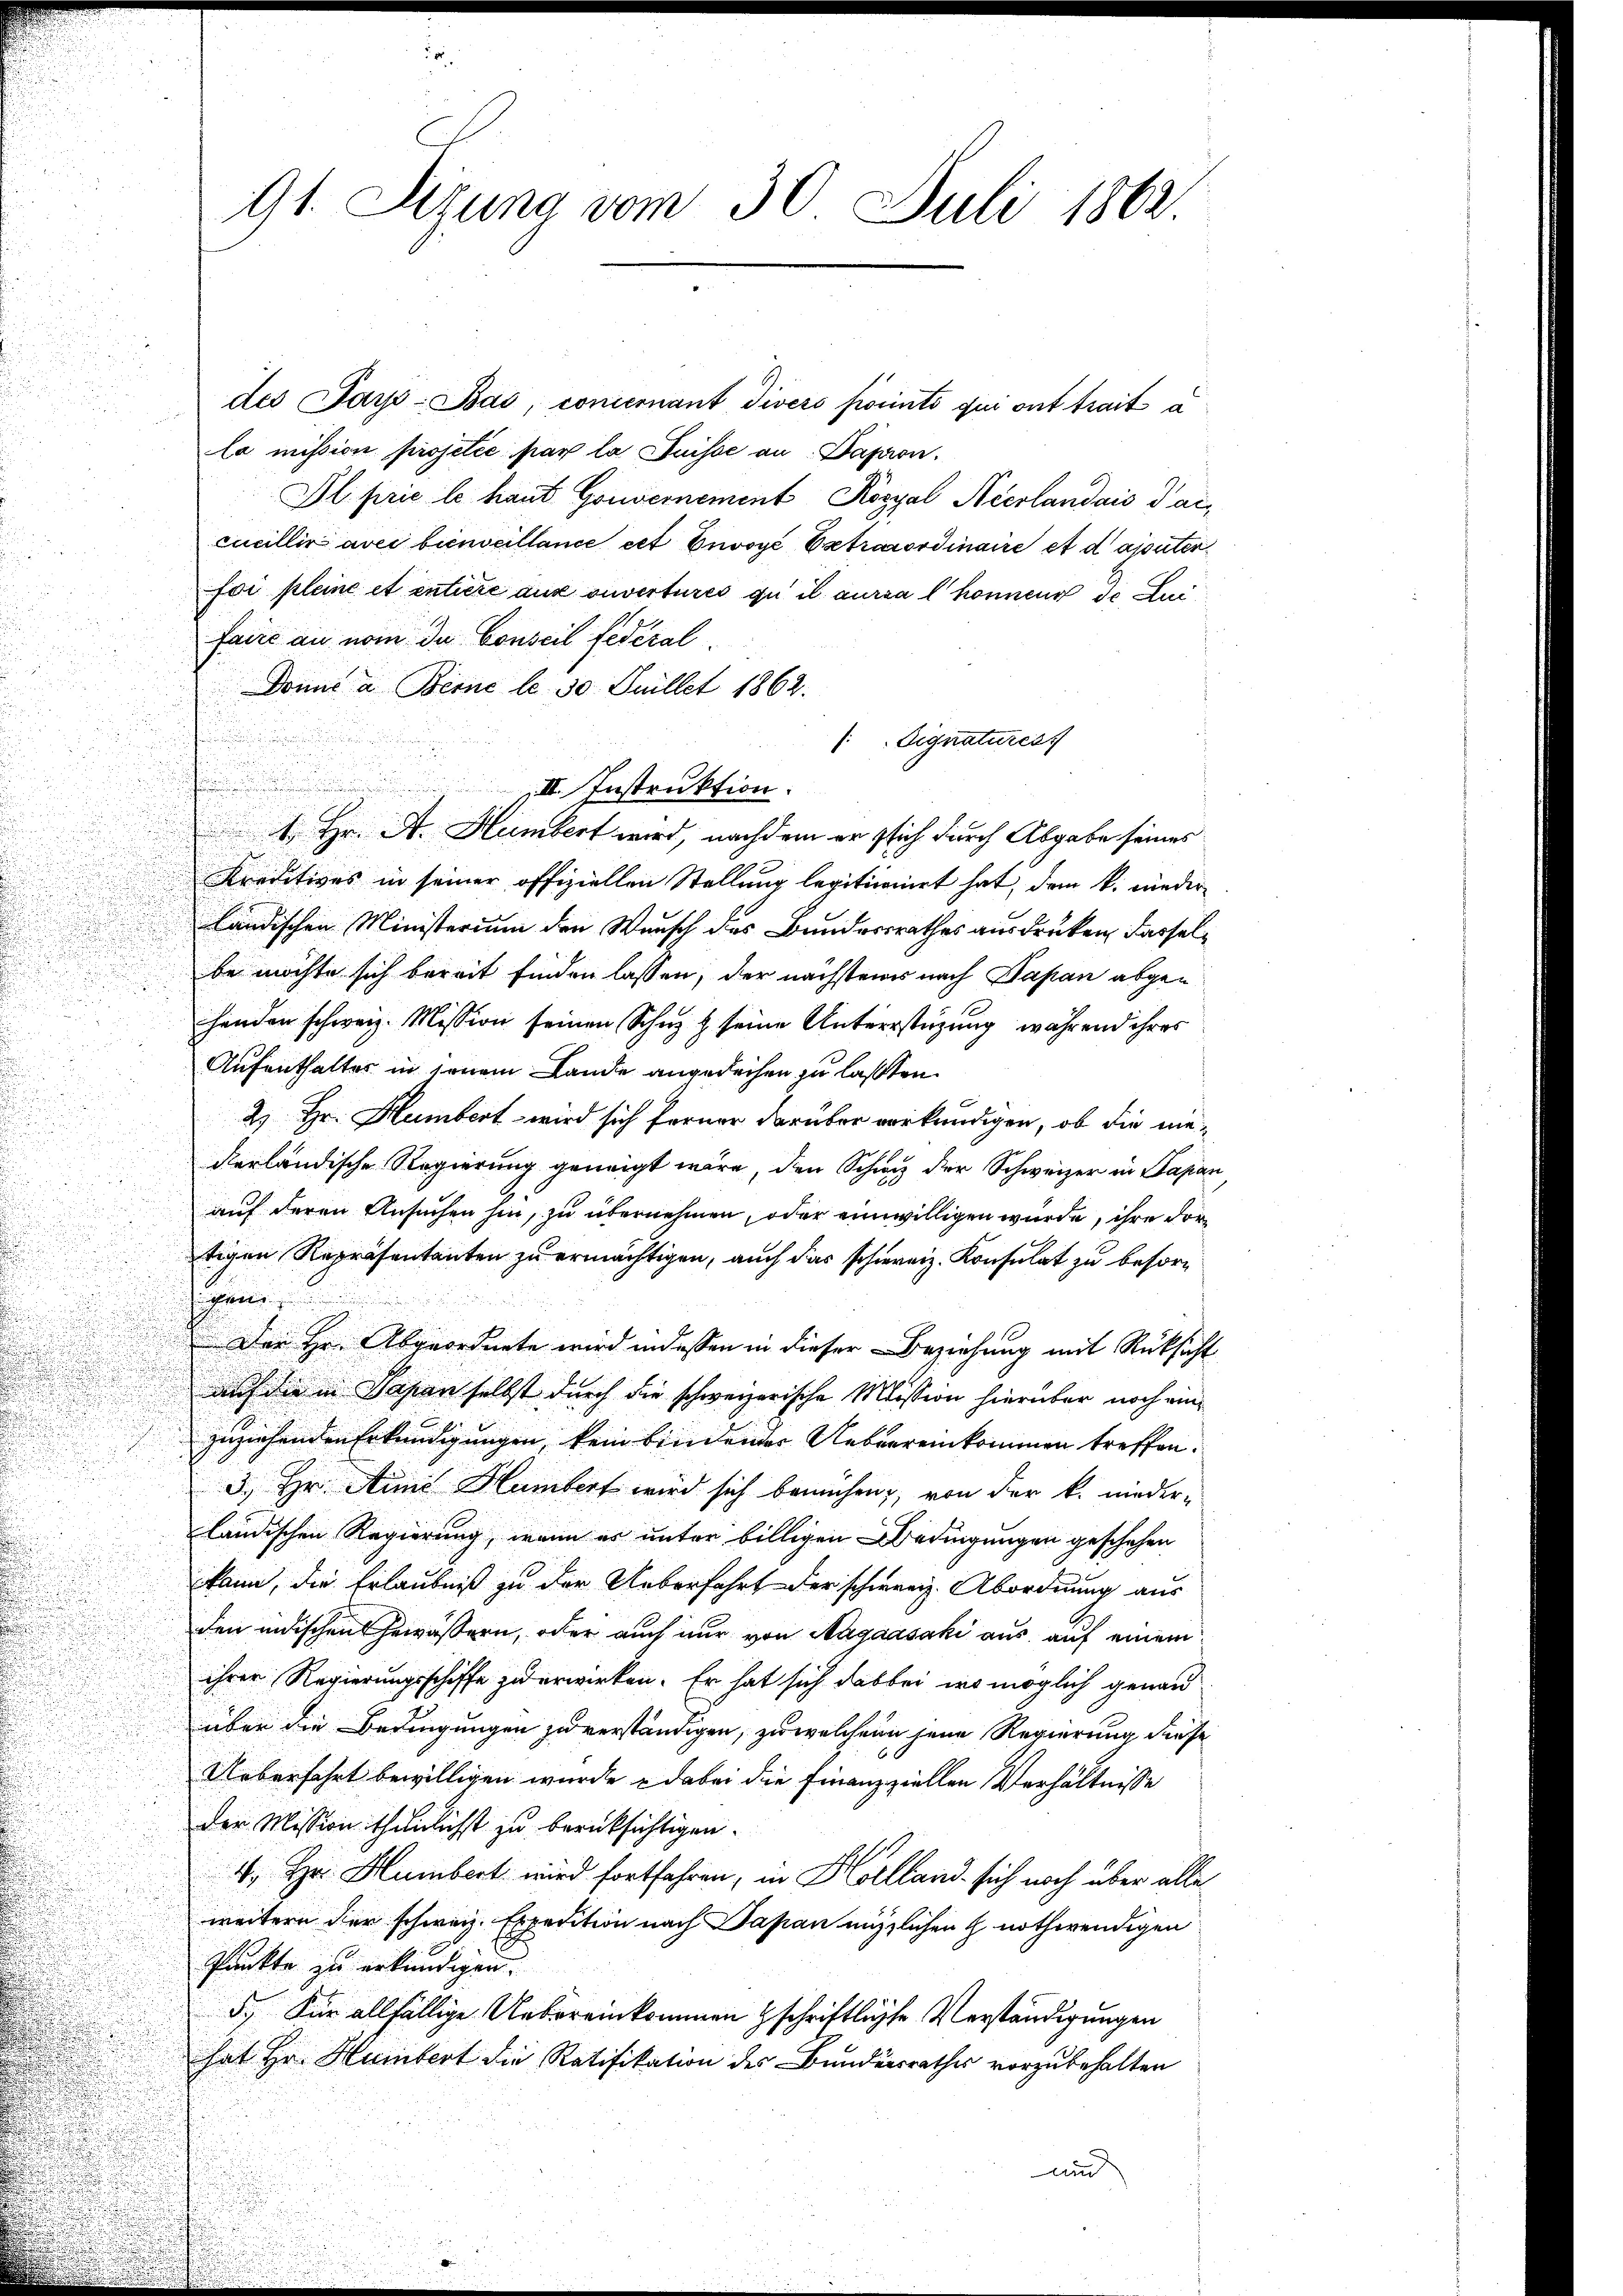
u

des Say-Bas, concernant divero points qui ont trait a
la mission projetée par la Suisse an. Dapon.
Il prie le haut Gouvernement Kozyal Neerlandass darcucillir avec bienseillance cet Envoyé Extraordinaire et d ajouten
foi pleine et entiere aux ouvertures qu il aura l könnens de Lui
faire an nom du Conseil fédéral
Donis a. Berne le 30 Juillet 1862.
 Signatures
III. Instruktion.
 Hr. A. Humbert wird, nachdem er sich durch Abgabe seines
Kreditives in seiner offiziellen Stellung legitimoniert hat, dem k. niederländischen Ministerium den Wunsch des Bundesrathes ausdrucken, dasselbe möchte sich bereit finden lassen, der nächsteines nach Papan abgehander schweiz. Mission seinen Schuz & seine Unterstüzung während ihres
Aufenthaltes in jenem Lande angedeihen zu laßten.
2) Hr. Humbert wird sich ferner darüber verkündigen, ob die niederländische Regierung geneigt wäre, den Schwyz der Schweizer in Papan
auf deren Ansuchen hin, zu übernehmen, oder einwilligen würde, ihre Fortigen Representanten zu ermächtigen, auch das schweiz. Konsulat zu besorschen
Der Hr. Abgeordnete wird indessen in dieser Beziehung mit Rüksicht
auf die in Papan selbst durch die schweizerische Mission hierüber noch einzuziehenden Erkundigungen, kein bindender Ueberreinkommen treffen.
3.) Hr. Anna Hambert wird sich bemühen, von der k. nieder-
ländischen Regierung, wenn es unter billigen Bedingungen geschehen
kann, die Erlaubniß zu der Ueberfahrt der schweiz. Abordnung aus
den indischen Gewässern, oder auch nur von Magaasaki aus auf einem
ihrer Regierungsschiffe zu erwirken. Er hat sich dabei wo möglich genau
über die Bedingungen zu verständigen, zu welchem jene Regierung diese
Ueberfahrt bewilligen wurde dabei die Finanzziellen Verhältnisse
der Mission thunlichst zu berücksichtigen.
4. Hr. Humbert wird fortfahren, in Kolland sich noch über alle
weitere der schweiz. Expedition nach Dapan nützlichen H nothwendigen
Punkte zu erkundigen.
5.) Für allfällige Uebereinkommen schriftliche Verständigungen
hat Hr. Humbert die Ratifikation des Bundesrathes vorzubehalten
auch

91. Sizung vom 30. Juli 1862